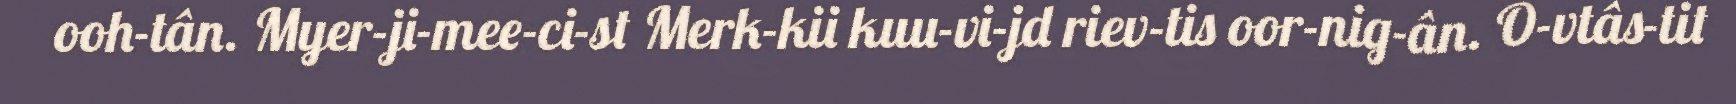
ooh-tân. Myer-ji-mee-ci-st Merk-kii kuu-vi-jd riev-tis oor-nig-ân. O-vtâs-tit